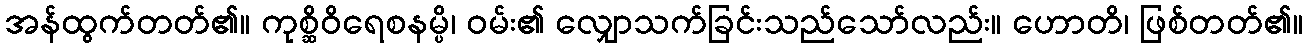
အန်ထွက်တတ်၏။ ကုစ္ဆိဝိရေစနမ္ပိ၊ ဝမ်း၏ လျှောသက်ခြင်းသည်သော်လည်း။ ဟောတိ၊ ဖြစ်တတ်၏။